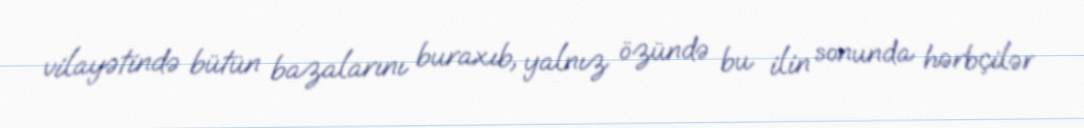
vilayətində bütün bazalarını buraxıb, yalnız özündə bu ilin sonunda hərbçilər